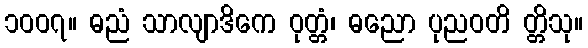
၁၀၀၇။ ဓညံ သာလျာဒိကေ ဝုတ္တံ၊ ဓညော ပုညဝတိ တ္တိသု။